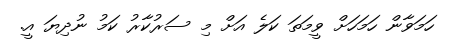
ހަމަވާން ހަމަހަށް ވީމަތަ ކަލެ އަށް މި ސަރުކާރު ކަމު ނުދިޔަ އީ.